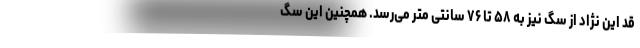
قد این نژاد از سگ نیز به ۵۸ تا ۷۶ سانتی متر می‌رسد. همچنین این سگ